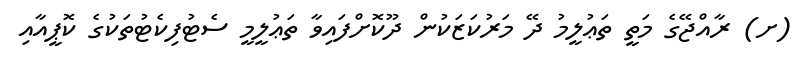
(ށ) ރާއްޖޭގެ މަތީ ތަޢުލީމު ދޭ މަރުކަޒަކުން ދޫކޮށްފައިވާ ތަޢުލީމީ ސެޓުފިކެޓުތަކުގެ ކޮޕީއާއި